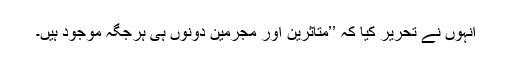
انہوں نے تحریر کیا کہ ’’متاثرین اور مجرمین دونوں ہی ہرجگہ موجود ہیں۔